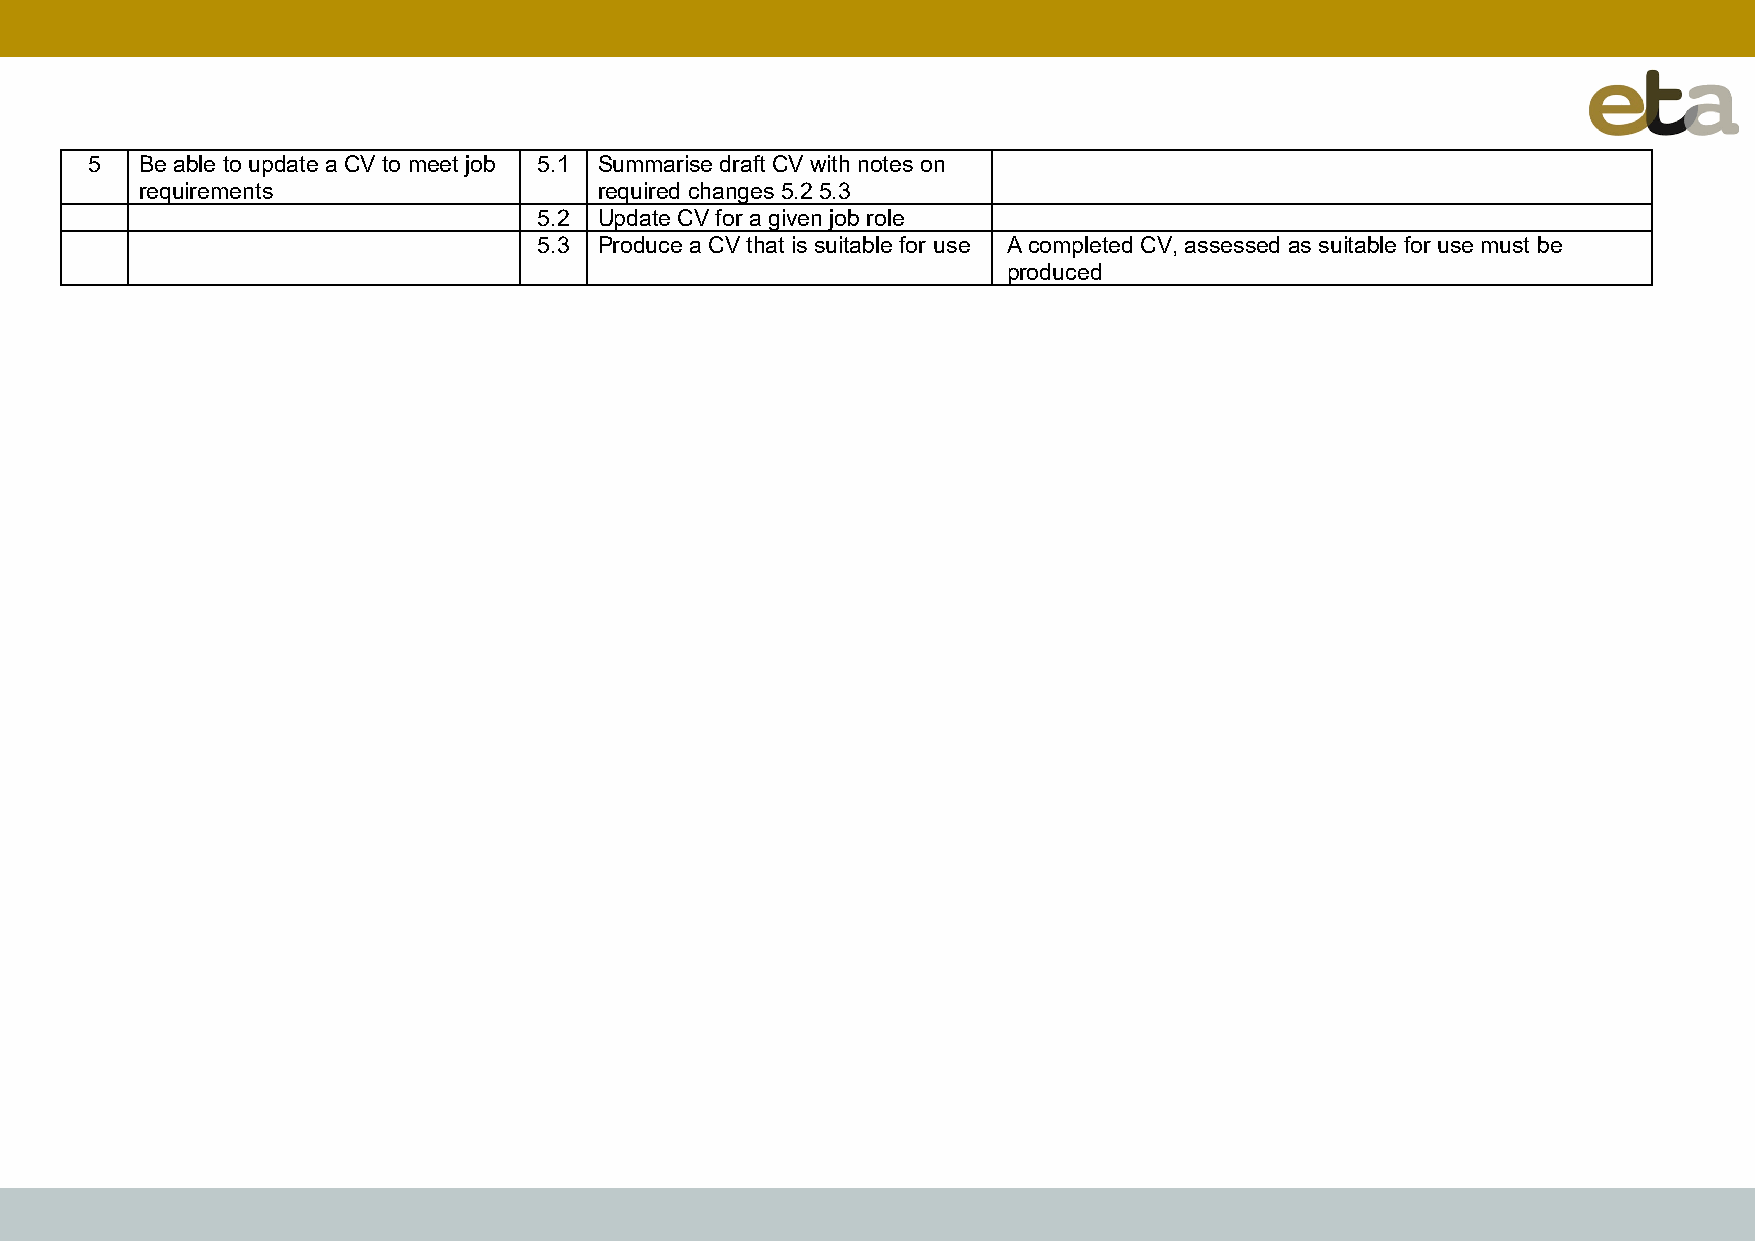
5  Be able to update a CV to meet job 5.1 Summarise draft CV with notes on
 requirements                   required changes 5.2 5.3
 5.2 Update CV for a given job role
 5.3 Produce a CV that is suitable for use A completed CV, assessed as suitable for use must be
 produced